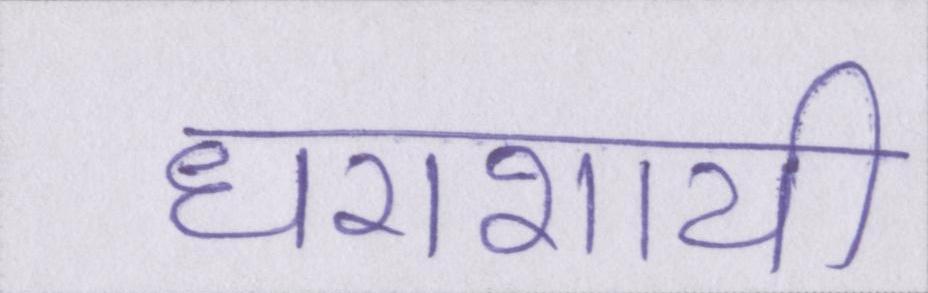
धराशायी